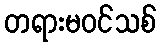
တရားမဝင်သစ်